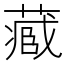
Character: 𮐼